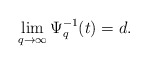
\begin{align*} \lim_{q\rightarrow\infty}\Psi_q^{-1}(t)=d.\end{align*}